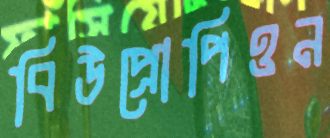
বিউপ্রোপিওন